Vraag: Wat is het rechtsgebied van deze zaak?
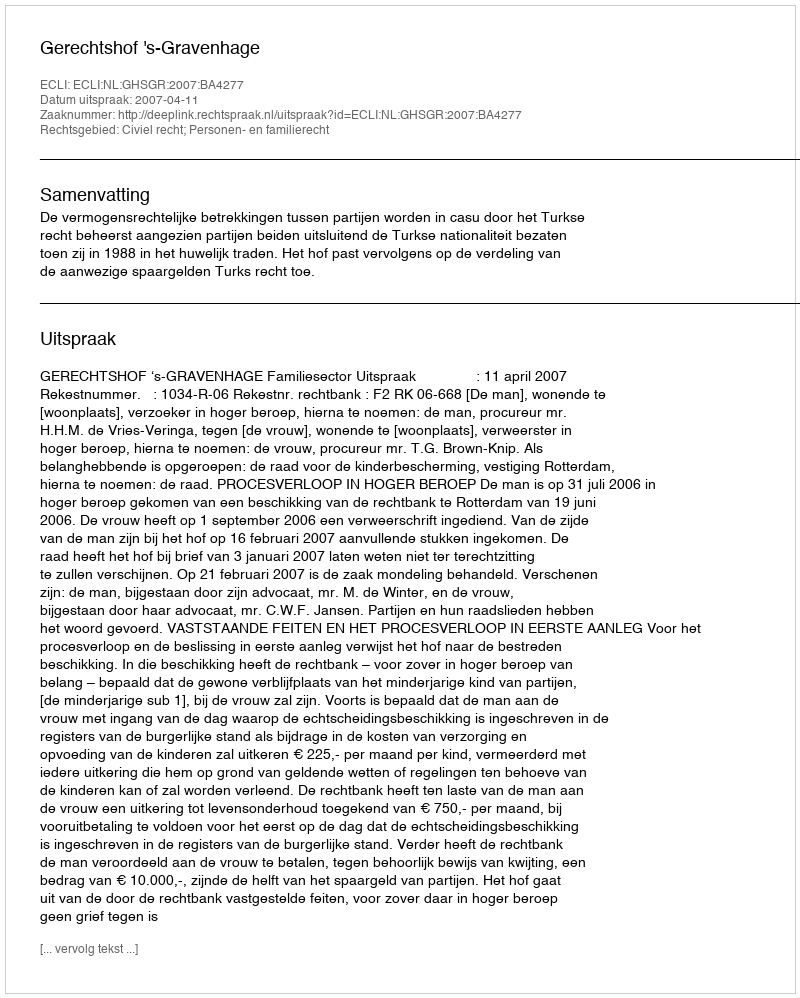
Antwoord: Civiel recht; Personen- en familierecht